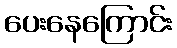
ပေးနေကြောင်း